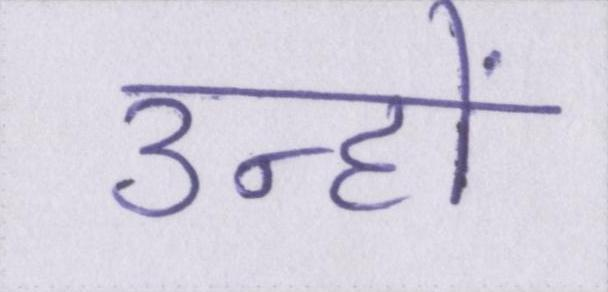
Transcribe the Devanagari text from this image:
उन्हों